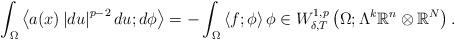
LaTeX: \begin{align*}\int_{\Omega} \left\langle a(x)\left\lvert du \right\rvert^{p-2}d u ; d\phi \right\rangle = - \int_{\Omega} \left\langle f ; \phi \right\rangle \phi \in W^{1,p}_{\delta, T}\left( \Omega ; \Lambda^{k}\mathbb{R}^{n}\otimes \mathbb{R}^{N}\right).\end{align*}